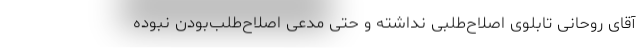
آقای روحانی تابلوی اصلاح‌طلبی نداشته و حتی مدعی اصلاح‌طلب‌بودن نبوده